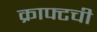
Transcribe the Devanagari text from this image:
क्राफ्टची